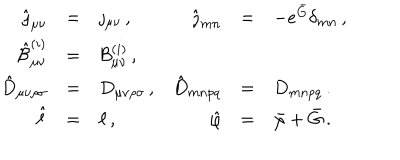
\begin{array} { r c l r c l } { { \hat { \jmath } _ { \mu \nu } } } & { { = } } & { { \jmath _ { \mu \nu } \, , } } & { { \hat { \jmath } _ { m n } } } & { { = } } & { { - e ^ { \bar { G } } \delta _ { m n } \, , } } \\ { { \hat { { \cal B } } _ { \mu \nu } ^ { ( i ) } } } & { { = } } & { { { \cal B } _ { \mu \nu } ^ { ( i ) } \, , } } & { { } } & { { } } & { { } } \\ { { \hat { D } _ { \mu \nu \rho \sigma } } } & { { = } } & { { D _ { \mu \nu \rho \sigma } \, , } } & { { \hat { D } _ { m n p q } } } & { { = } } & { { D _ { m n p q } \, . } } \\ { { \hat { \ell } } } & { { = } } & { { \ell \, , } } & { { \hat { \varphi } } } & { { = } } & { { \bar { \varphi } + \bar { G } \, . } } \\ \end{array}